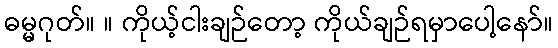
ဓမ္မဂုတ်။ ။ ကိုယ့်ငါးချဉ်တော့ ကိုယ်ချဉ်ရမှာပေါ့နော်။